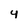
Character: 4